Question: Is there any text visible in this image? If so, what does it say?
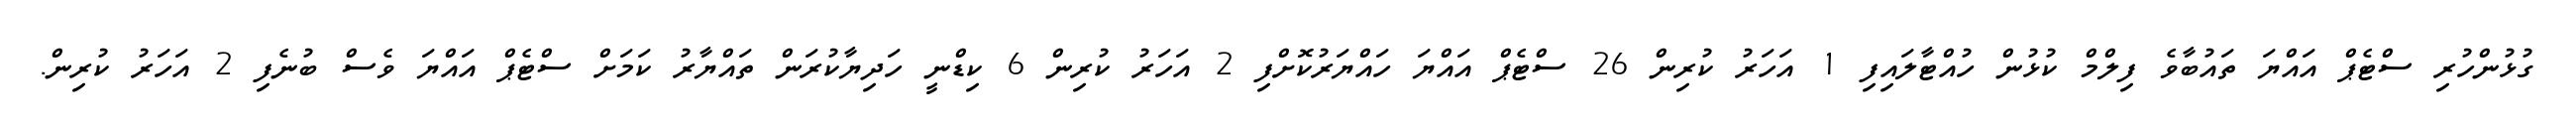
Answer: ގުޅުންހުރި ސްޓެޕް އައްޔަ ތައުބާވެ ފިލްމް ކުޅުން ހުއްޓާލައިފި 1 އަހަރު ކުރިން 26 ސްޓެޕް އައްޔަ ހައްޔަރުކޮށްފި 2 އަހަރު ކުރިން 6 ކިޑްނީ ހަދިޔާކުރަން ތައްޔާރު ކަމަށް ސްޓެޕް އައްޔަ ވެސް ބުނެފި 2 އަހަރު ކުރިން.